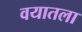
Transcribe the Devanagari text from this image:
वयातला